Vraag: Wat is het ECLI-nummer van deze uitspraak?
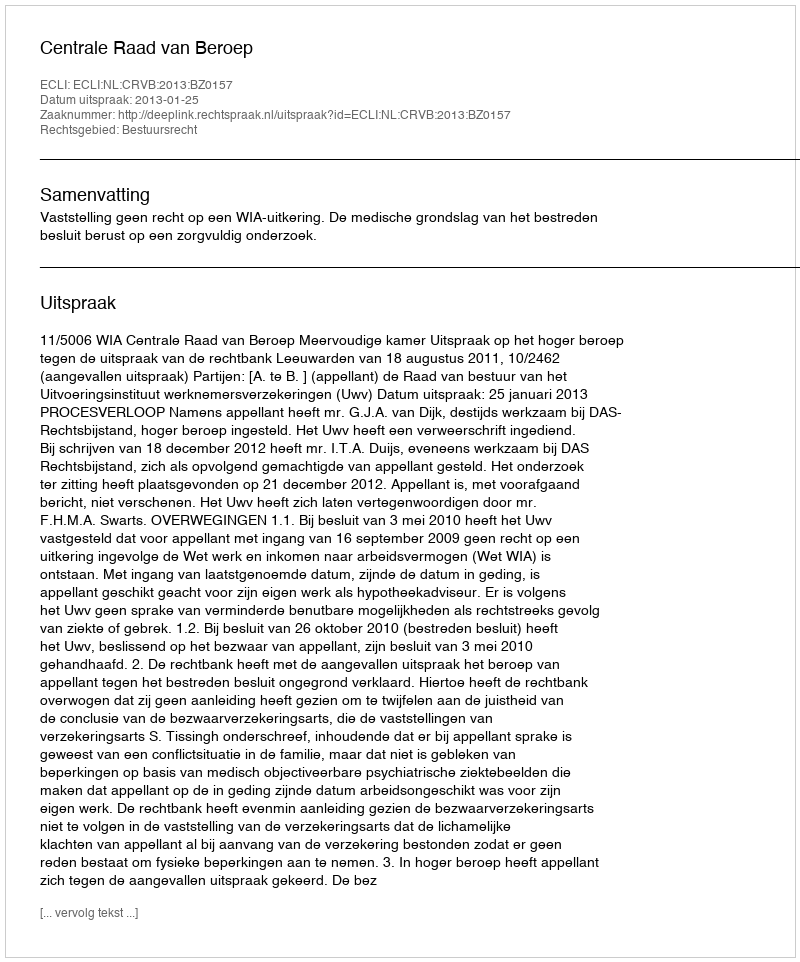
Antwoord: ECLI:NL:CRVB:2013:BZ0157